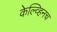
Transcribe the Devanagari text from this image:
केल्व्हिनच